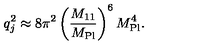
q _ { j } ^ { 2 } \approx 8 \pi ^ { 2 } \left( \frac { M _ { 1 1 } } { M _ { \mathrm { P l } } } \right) ^ { 6 } M _ { \mathrm { P l } } ^ { 4 } .